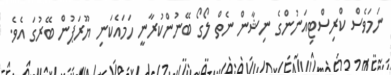
ނަމަވެސް ކްރިސްޓިއަނުންގެ ނިޝާން ނެތް ލޯގޯ ބޭނުންކުރާނީ ހަމައެކަނި ޔޫރަޕުން ބޭރުގަ އެވެ.